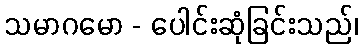
သမာဂမော - ပေါင်းဆုံခြင်းသည်၊